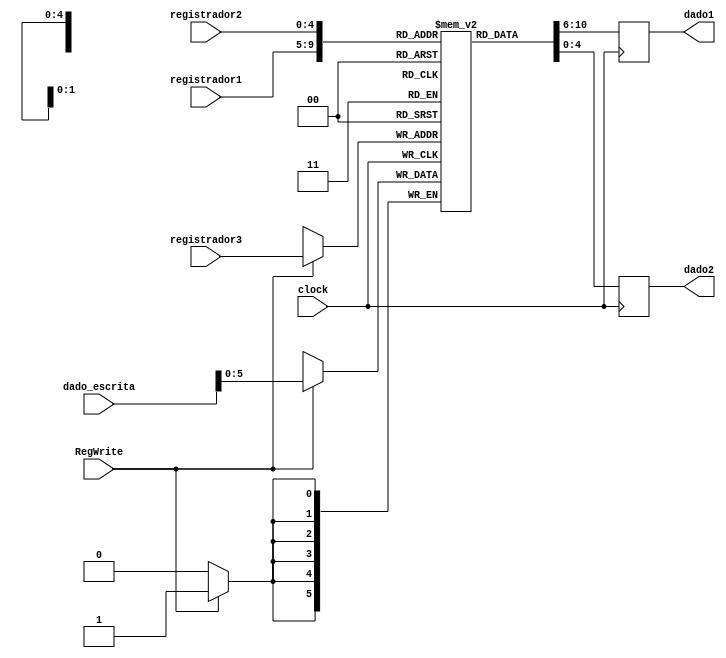
module Banco_registradores(clock, RegWrite, registrador1, registrador2, registrador3, dado_escrita, dado1, dado2);

    input clock;
    input [4:0]registrador1;
    input [4:0]registrador2;
    input [4:0]registrador3;
	 input RegWrite;
    input [31:0]dado_escrita;

    output reg [4:0]dado1;
    output reg [4:0]dado2;

    reg [5:0]registradores[31:0];
	 
    initial begin
    registradores[0] = 5'b00000;
    registradores[1] = 5'b00001;
    registradores[2] = 5'b00010;
    registradores[3] = 5'b00011;
    registradores[4] = 5'b00100;
    registradores[5] = 5'b00101;
    registradores[6] = 5'b00110;
    registradores[7] = 5'b00111;
    registradores[8] = 5'b01000;
    registradores[9] = 5'b01001;
    registradores[10] = 5'b01010;    
    registradores[11] = 5'b01011;
    registradores[12] = 5'b01100;
    registradores[13] = 5'b01101;
    registradores[14] = 5'b01110;
    registradores[15] = 5'b01111;
    registradores[16] = 5'b10000;
    registradores[17] = 5'b10001;
    registradores[18] = 5'b10010;
    registradores[19] = 5'b10011;
    registradores[20] = 5'b10100;
    registradores[21] = 5'b10101;
    registradores[22] = 5'b10110;
    registradores[23] = 5'b10111;
    registradores[24] = 5'b11000;
    registradores[25] = 5'b11001;
    registradores[26] = 5'b11010;
    registradores[27] = 5'b11011;
    registradores[28] = 5'b11100;
    registradores[29] = 5'b11101;
    registradores[30] = 5'b11110;
    registradores[31] = 5'b11111;
    end

    always @ (posedge clock)begin
      dado1 = registradores[registrador1];
      dado2 = registradores[registrador2];
    end

    always @ (negedge clock)begin
      if(RegWrite == 1)begin
        registradores[registrador3] = dado_escrita;
      end
    end
      
endmodule